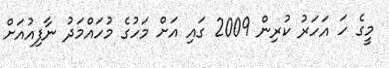
މީގެ ހަ އަހަރު ކުރިން 2009 ގައި އަށް މަހުގެ މުހައްމަދު ނާފިއުއަށް